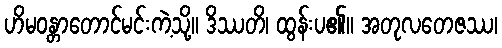
ဟိမဝန္တာတောင်မင်းကဲ့သို့။ ဒိဿတိ၊ ထွန်းပ၏။ အတုလတေဇဿ၊